Civil Veterinary Department. United Provinces 1912-22 - 1912-1922
Year: 1912
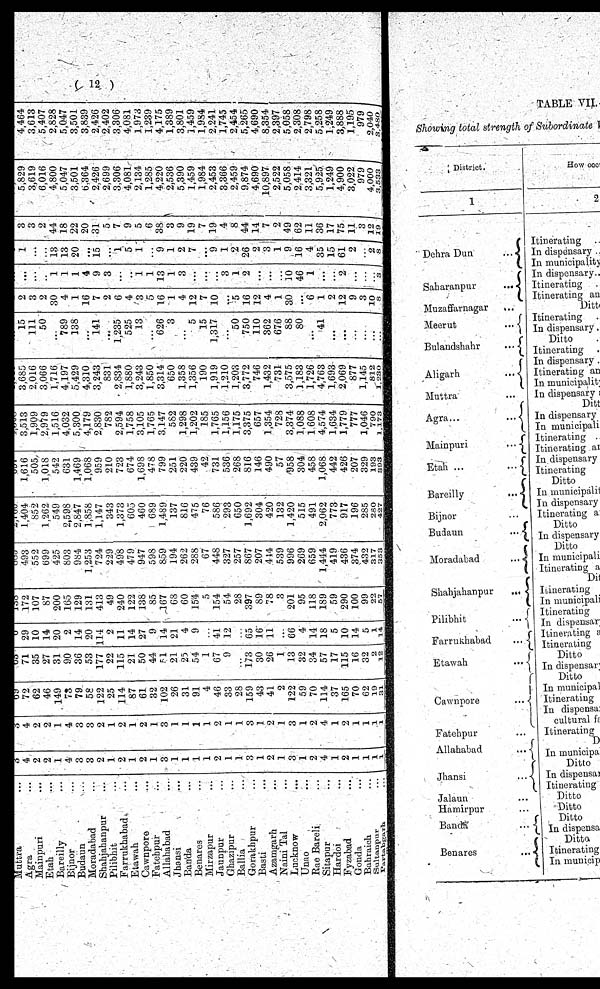
(12)